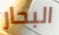
البحار